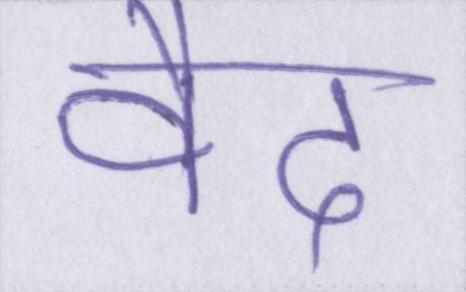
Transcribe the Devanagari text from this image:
वैद